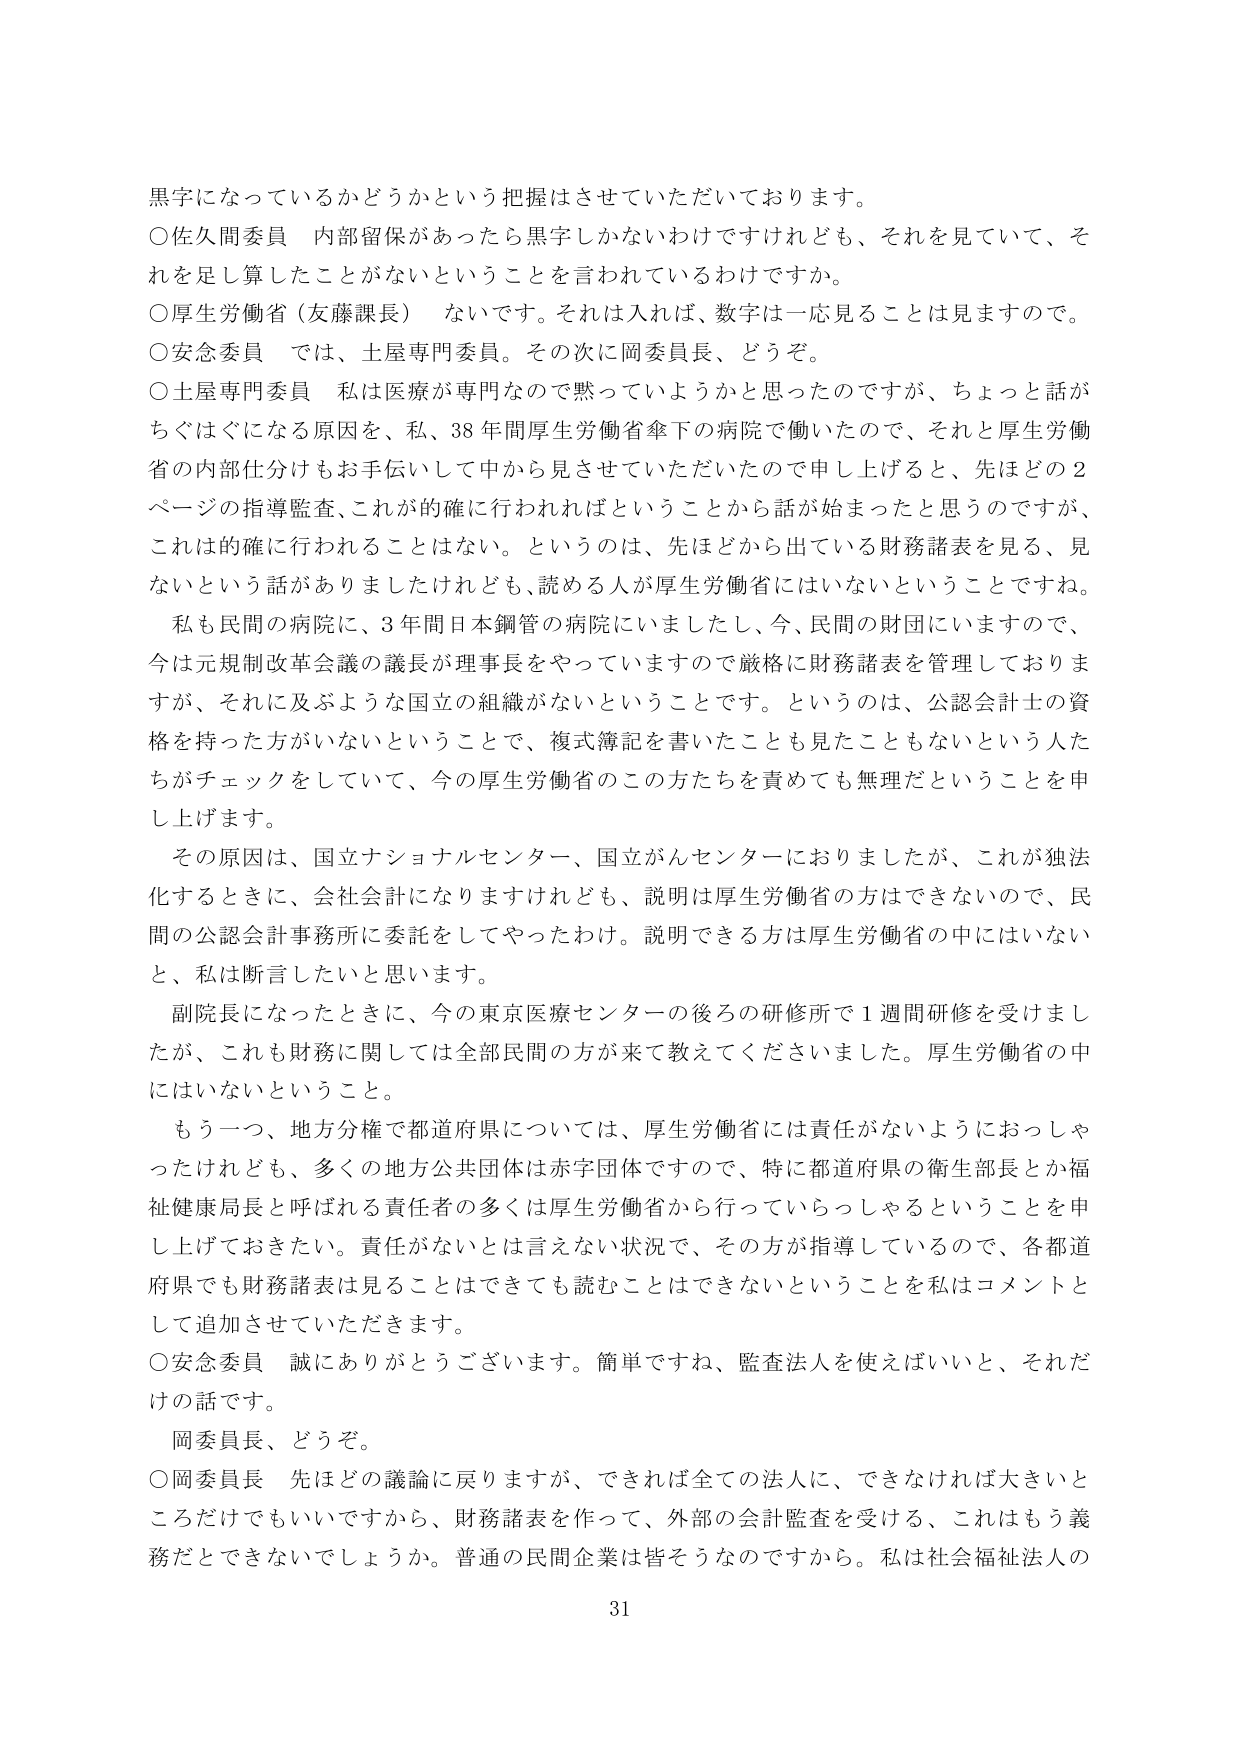
黒字になっているかどうかという把握はさせていただいております。

○佐久間委員　内部留保があったら黒字しかないわけですけれども、それを見ていて、それを足し算したことがないということを言われているわけですか。

○厚生労働省（友藤課長）　ないです。それは入れば、数字は一応見ることは見ますので。

○安念委員　では、土屋専門委員。その次に岡委員長、どうぞ。

○土屋専門委員　私は医療が専門なので黙っていようかと思ったのですが、ちょっと話がちぐはぐになる原因を、私、38年間厚生労働省傘下の病院で働いたので、それと厚生労働省の内部仕分けもお手伝いして中から見させていただいたので申し上げると、先ほどどの2ページの指導監査、これが的確に行われればということから話が始まったと思うのですが、これは的確に行われることはない。というのは、先ほどから出ている財務諸表を見る、見ないという話がありましたけれども、読める人が厚生労働省にはいないということですね。

私も民間の病院に、3年間日本鋼管の病院にいましたし、今、民間の財団にいますので、今は元規制改革会議の議長が理事長をやっていますので厳格に財務諸表を管理しておりますが、それに及ぶような国立の組織がないということです。というのは、公認会計士の資格を持った方がいないということで、複式簿記を書いたことも見たこともないという人たちがチェックをしていて、今の厚生労働省のこの方たちを責めても無理だということを申し上げます。

その原因は、国立ナショナルセンター、国立がんセンターにおりましたが、これが独法化するときに、会社会計になりますけれども、説明は厚生労働省の方はできないので、民間の公認会計事務所に委託をしてやったわけ。説明できる方は厚生労働省の中にはいないと、私は断言したいと思います。

副院長になったときに、今の東京医療センターの後ろの研修所で1週間研修を受けましたが、これも財務に関しては全部民間の方が来て教えてくださいました。厚生労働省の中にはいないということ。

もう一つ、地方分権で都道府県については、厚生労働省には責任がないようにおっしゃったけれども、多くの地方公共団体は赤字団体ですので、特に都道府県の衛生部長とか福祉健康局長と呼ばれる責任者の多くは厚生労働省から行っていらっしゃるということを申し上げておきたい。責任がないとは言えない状況で、その方が指導しているので、各都道府県でも財務諸表を見ることはできても読むことはできないということを私はコメントとして追加させていただきます。

○安念委員　誠にありがとうございます。簡単ですね、監査法人を使えばいいと、それだけの話です。

岡委員長、どうぞ。

○岡委員長　先ほどの議論に戻りますが、できれば全ての法人に、できなければ大きいところだけでもいいですから、財務諸表を作って、外部の会計監査を受ける、これはもう義務だとできないでしょうか。普通の民間企業は皆そうなのですから。私は社会福祉法人の

31